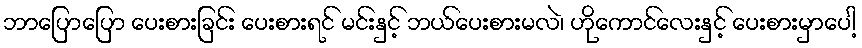
ဘာပြောပြော ပေးစားခြင်း ပေးစားရင် မင်းနှင့် ဘယ်ပေးစားမလဲ၊ ဟိုကောင်လေးနှင့် ပေးစားမှာပေါ့